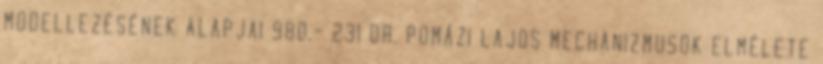
MODELLEZÉSÉNEK ALAPJAI 980,- 231 DR. POMÁZI LAJOS MECHANIZMUSOK ELMÉLETE